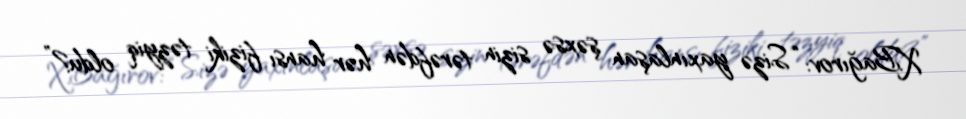
X.Bağırov: “Sizə yaxınlaşan şəxsə sizin tərəfdən hər hansı fiziki təzyiq oldu?”